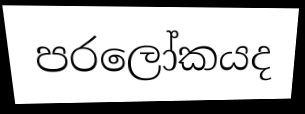
පරලෝකයද